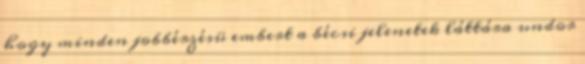
hogy minden jobbérzésü embert a bécsi jelenetek láttára undor